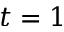
t = 1